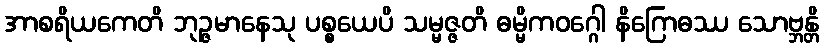
အာစရိယကေတိ ဘုဉ္ဇမာနေသု ပစ္စယေပိ သမ္မဇ္ဇတိ ဓမ္မိကဝဂ္ဂေါ နိဂြောဓဿ သောဗ္ဘန္တိ